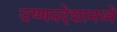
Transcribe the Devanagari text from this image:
उष्णप्रदेशामध्ये